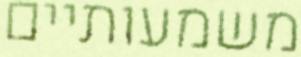
משמעותיים